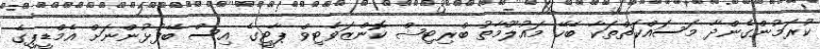
ކުރަމުންގެންދާ މަސައްކަތްތަކާ ބެހޭ މައުލޫމާތު ބްރިޓިޝް ކޮންޒަވެޓިވް ޕާޓީގެ އިސް ބޭފުޅުންނަށް އެމްޑީޕީގެ